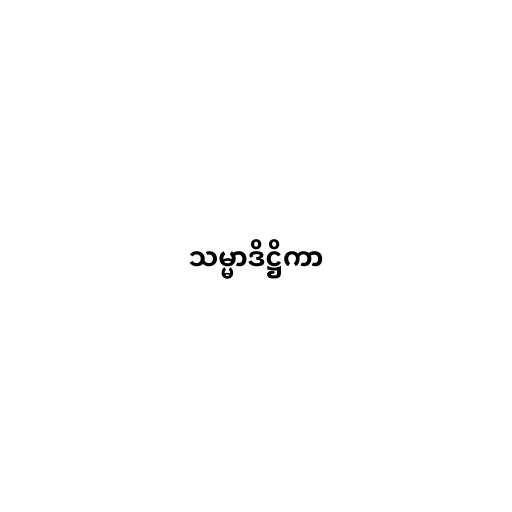
သမ္မာဒိဋ္ဌိကာ